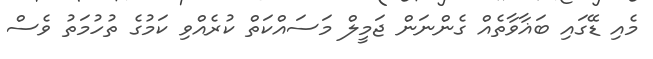
މެއި ޑޭގައި ބަޣާވާތެއް ގެންނަން ޖަމީލް މަސައްކަތް ކުރެއްވި ކަމުގެ ތުހުމަތު ވެސް